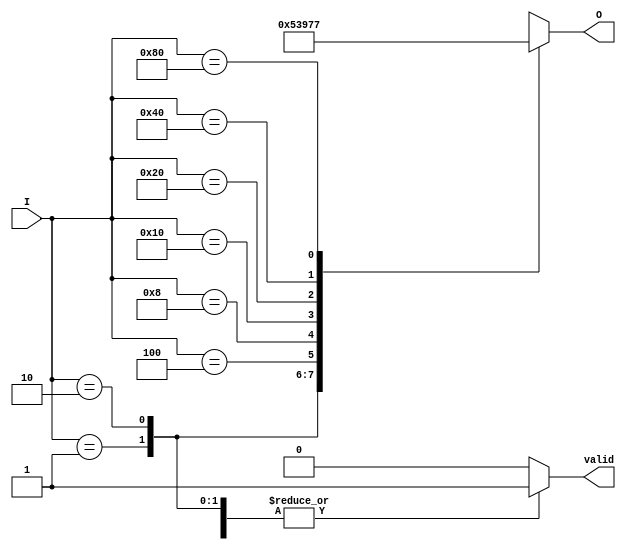
module octal_to_binary_encoder (
    input wire [7:0] I,      // 8 input lines (I0 to I7)
    output reg [2:0] O,      // 3 output lines (O2, O1, O0)
    output reg valid          // Valid output signal
);

    always @(*) begin
        // Default output for invalid state
        O = 3'bxxx; // Invalid state representation
        valid = 0;  // Default valid signal

        // Check for active inputs
        case (I)
            8'b00000001: begin O = 3'b000; valid = 1; end // I0
            8'b00000010: begin O = 3'b001; valid = 1; end // I1
            8'b00000100: begin O = 3'b010; valid = 1; end // I2
            8'b00001000: begin O = 3'b011; valid = 1; end // I3
            8'b00010000: begin O = 3'b100; valid = 1; end // I4
            8'b00100000: begin O = 3'b101; valid = 1; end // I5
            8'b01000000: begin O = 3'b110; valid = 1; end // I6
            8'b10000000: begin O = 3'b111; valid = 1; end // I7
            default: begin
                // If more than one input is high or all are low
                O = 3'bxxx; // Invalid state representation
                valid = 0;  // Invalid output
            end
        endcase
    end

endmodule